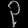
Digit: ၃